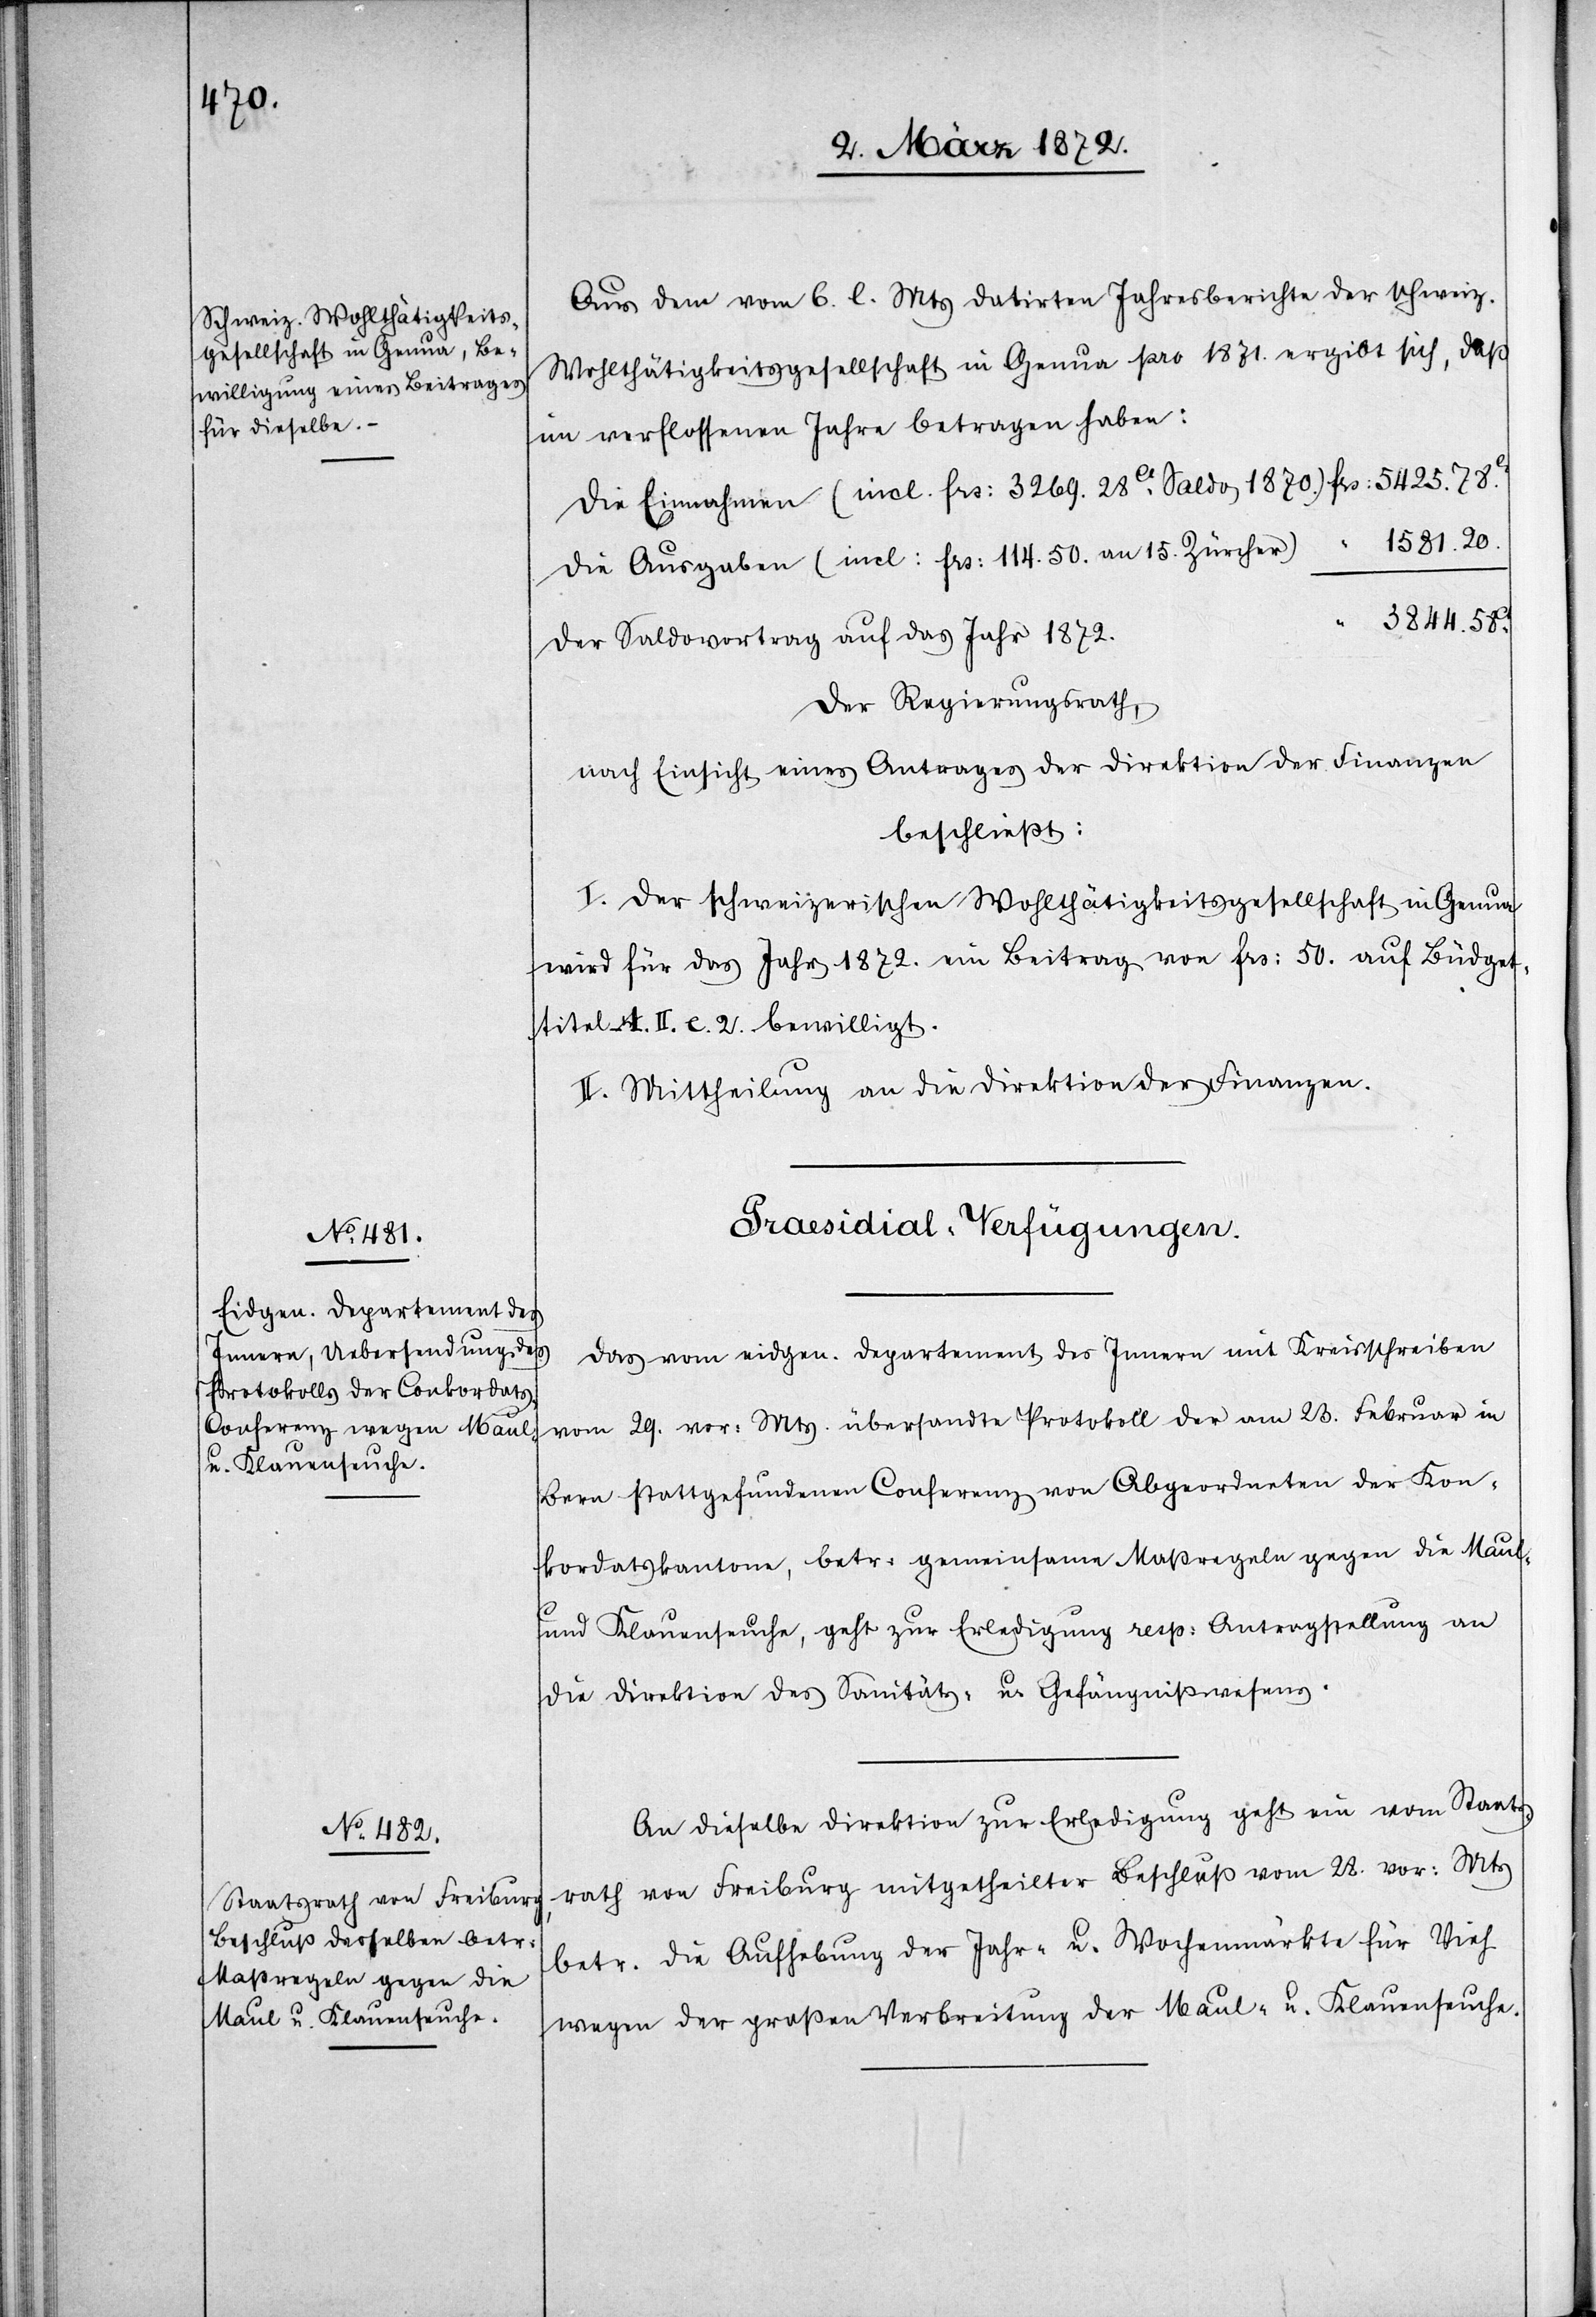
Aus dem vom 6. l. Mts datirten Jahresberichte der schweiz.
Wohltätigkeitsgesellschaft in Genua pro 1871. ergibt sich, daß
im verflossenen Jahre betragen haben:
die Einnahmen (incl. frs. 3269.28ct Saldo 1870.)
1581.20.
die Ausgaben (incl. frs. 114.50. an 15. Zürcher)
3844.58ct.
der Saldovortrag auf das Jahr 1872.
Der Regierungsrath,
nach Einsicht eines Antrages der Direktion der Finanzen
beschließt:
I. Der schweizerischen Wohltätigkeitsgesellschaft in Genua
wird für das Jahr 1872. ein Beitrag von frs. 50. auf Büdget¬
titel A. II. c. 2. bewilligt.
II. Mittheilung an die Direktion der Finanzen.
[Praesidial-Verfügungen.]
Das vom eidgen. Departement des Innern mit Kreisschreiben
vom 29. vor. Mts. übersandte Protokoll der am 23. Februar in
Bern stattgefundenen Conferenz von Abgeordneten der Kon¬
kordatskantone, betr. gemeinsame Maßregeln gegen die Maul-
und Klauenseuche, geht zur Erledigung resp. Antragstellung an
die Direktion des Sanitäts- u. Gefängnißwesens.
An dieselbe Direktion zur Erledigung geht ein vom Staats¬
rath von Freiburg mitgetheilter Beschluß vom 28. vor. Mts
betr. die Aufhebung der Jahr- u. Wochenmärkte für Vieh
wegen der großen Verbreitung der Maul- u. Klauenseuche.